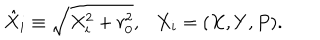
\hat { X } _ { i } \equiv \sqrt { X _ { i } ^ { 2 } + r _ { 0 } ^ { 2 } } , \ \ \ X _ { i } = ( X , Y , P ) .